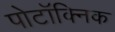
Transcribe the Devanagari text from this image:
पोटॉक्निक